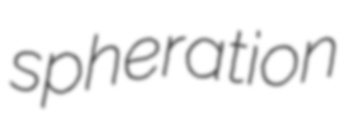
spheration